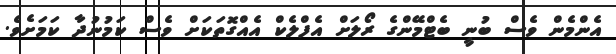
އެންމެން ވެސް ބުނީ ބެޓްމޭންގެ ރޯލަށް އެފްލެކް އެއްގޮތަކަށް ވެސް ކަމުނުދާ ކަމަށެވެ.